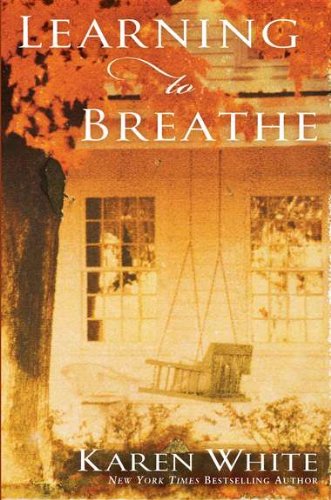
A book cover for Learning to Breathe; Karen White; Literature & Fiction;